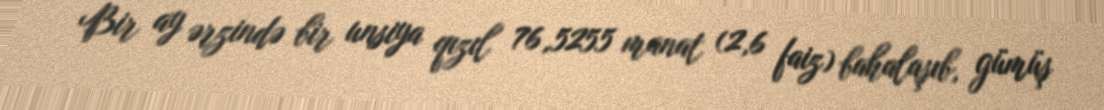
Bir ay ərzində bir unsiya qızıl 76,5255 manat (2,6 faiz) bahalaşıb, gümüş